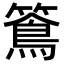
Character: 𥵌